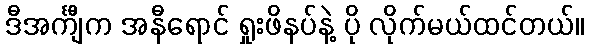
ဒီအင်္ကျီက အနီရောင် ရှုးဖိနပ်နဲ့ ပို လိုက်မယ်ထင်တယ်။